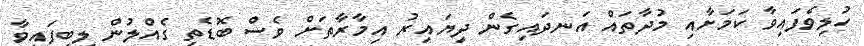
ހުލިވެފައިވާ ކަމަށާއި މުދާތައް އަނދައިގެން ދިޔައިރު އިމާރާތަށް ވެސް ބޮޑެތި ގެއްލުން ލިބިފައިވާ